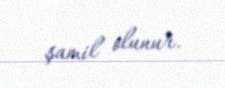
şamil olunur.